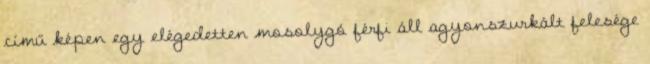
című képen egy elégedetten mosolygó férfi áll agyonszurkált felesége